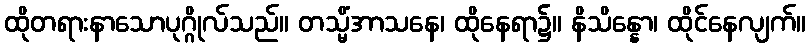
ထိုတရားနာသောပုဂ္ဂိုလ်သည်။ တသ္မိံအာသနေ၊ ထိုနေရာ၌။ နိသိန္နော၊ ထိုင်နေလျက်။